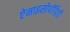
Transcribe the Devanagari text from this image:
ऐनाइसोपॉडिडी